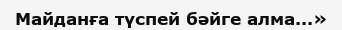
Майданға түспей бәйге алма...»